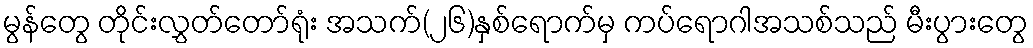
မွန်တွေ တိုင်းလွှတ်တော်ရုံး အသက်(၂၆)နှစ်ရောက်မှ ကပ်ရောဂါအသစ်သည် မီးပွားတွေ